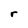
Character: r